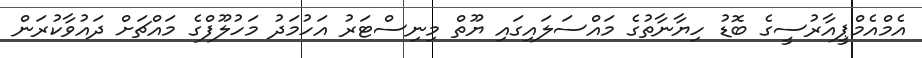
އެމްއެމްޕީއާރުސީގެ ބޮޑު ހިޔާނާތުގެ މައްސަލައިގައި ޔޫތް މިނިސްޓަރު އަހުމަދު މަހުލޫފްގެ މައްޗަށް ދައުވާކުރަން